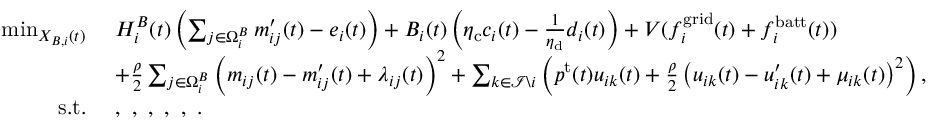
\begin{array} { r l } { \operatorname* { m i n } _ { X _ { B , i } ( t ) } ~ } & { H _ { i } ^ { B } ( t ) \left( \sum _ { j \in \Omega _ { i } ^ { B } } m _ { i j } ^ { \prime } ( t ) - e _ { i } ( t ) \right) + B _ { i } ( t ) \left( \eta _ { \mathrm { c } } c _ { i } ( t ) - \frac { 1 } { \eta _ { \mathrm { d } } } d _ { i } ( t ) \right) + V ( f _ { i } ^ { \mathrm { g r i d } } ( t ) + f _ { i } ^ { \mathrm { b a t t } } ( t ) ) } \\ { ~ } & { + \frac { \rho } { 2 } \sum _ { j \in \Omega _ { i } ^ { B } } \left( m _ { i j } ( t ) - m _ { i j } ^ { \prime } ( t ) + \lambda _ { i j } ( t ) \right) ^ { 2 } + \sum _ { k \in \mathcal { I } \backslash i } \left( p ^ { \mathrm { t } } ( t ) u _ { i k } ( t ) + \frac { \rho } { 2 } \left( u _ { i k } ( t ) - u _ { i k } ^ { \prime } ( t ) + \mu _ { i k } ( t ) \right) ^ { 2 } \right) , } \\ { \mathrm { s . t . } ~ } & { , ~ , ~ , ~ , ~ , ~ . } \end{array}